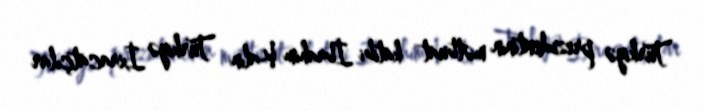
Türkiyə prezidentinin mətbuat katibi İbrahim Kalın Türkiyə İxracatçılar